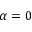
\alpha = 0